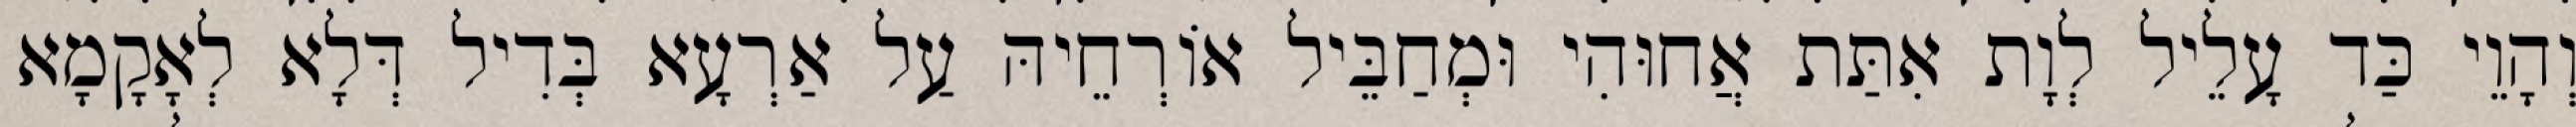
וְהָוֵי כַּד עָלֵיל לְוָת אִתַּת אֲחוּהִי וּמְחַבֵּיל אוֹרְחֵיהּ עַל אַרְעָא בְּדִיל דְּלָא לְאָקָמָא